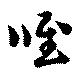
唯